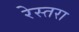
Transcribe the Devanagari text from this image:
रेस्तरा